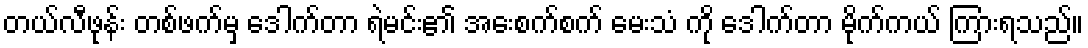
တယ်လီဖုန်း တစ်ဖက်မှ ဒေါက်တာ ရဲမင်း၏ အေးစက်စက် မေးသံ ကို ဒေါက်တာ မိုက်ကယ် ကြားရသည်။